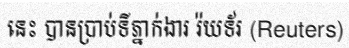
នេះ បានប្រាប់ទីភ្នាក់ងារ រ៉យទ័រ (Reuters)